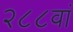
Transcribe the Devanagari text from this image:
२८८वां